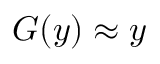
G ( y ) \approx y